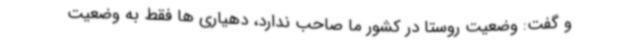
و گفت: وضعیت روستا در کشور ما صاحب ندارد، دهیاری ها فقط به وضعیت